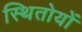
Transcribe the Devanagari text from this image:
स्थितोयों